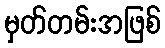
မှတ်တမ်းအဖြစ်